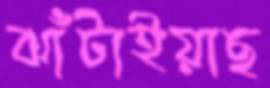
ঝাঁটাইয়াছ